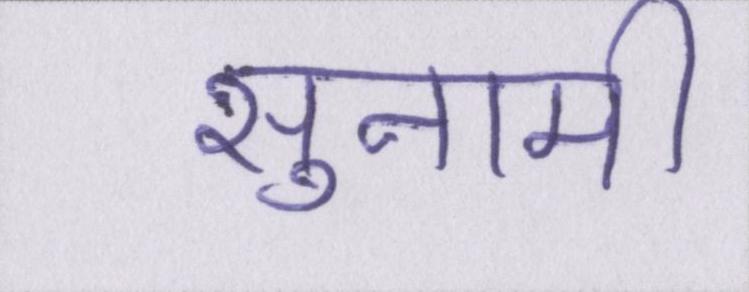
सुनामी